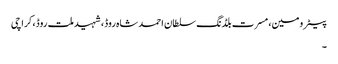
پیٹرومین، مسرت بلڈنگ سلطان احمد شاہ روڈ، شہید ملت روڈ، کراچی
۔